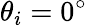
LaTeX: \theta_{i}=0^{\circ}